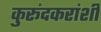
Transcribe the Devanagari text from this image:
कुरूंदकरांशी